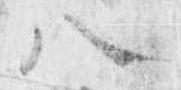
八